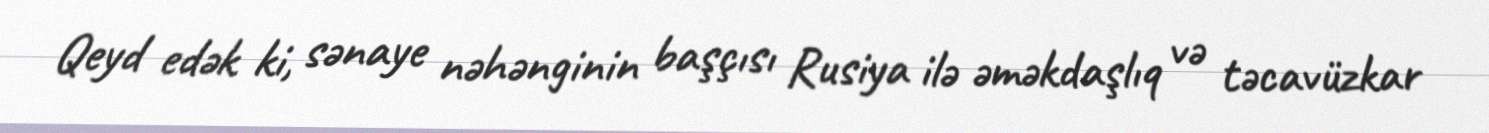
Qeyd edək ki, sənaye nəhənginin başçısı Rusiya ilə əməkdaşlıq və təcavüzkar